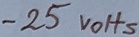
Text: -25VOHS